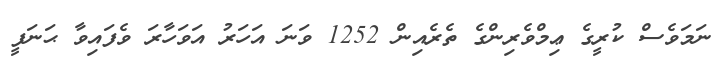
ނަމަވެސް ކުރީގެ ޢިމްވެރިންގެ ތެރެއިން 1252 ވަނަ އަހަރު އަވަހާރަ ވެފައިވާ ޙަނަފީ